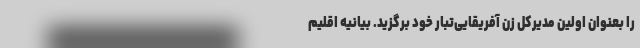
را بعنوان اولین مدیرکل زن آفریقایی‌تبار خود برگزید. بیانیه اقلیم